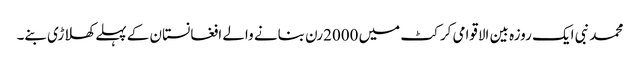
محمد نبی ایک روزہ بین الاقوامی کرکٹ میں 2000رن بنانے والے افغانستان کے پہلے کھلاڑی بنے۔